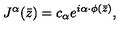
J ^ { \alpha } ( \bar { z } ) = c _ { \alpha } e ^ { i \alpha \cdot \phi ( \bar { z } ) } ,